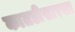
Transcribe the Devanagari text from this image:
कातडीसारखा